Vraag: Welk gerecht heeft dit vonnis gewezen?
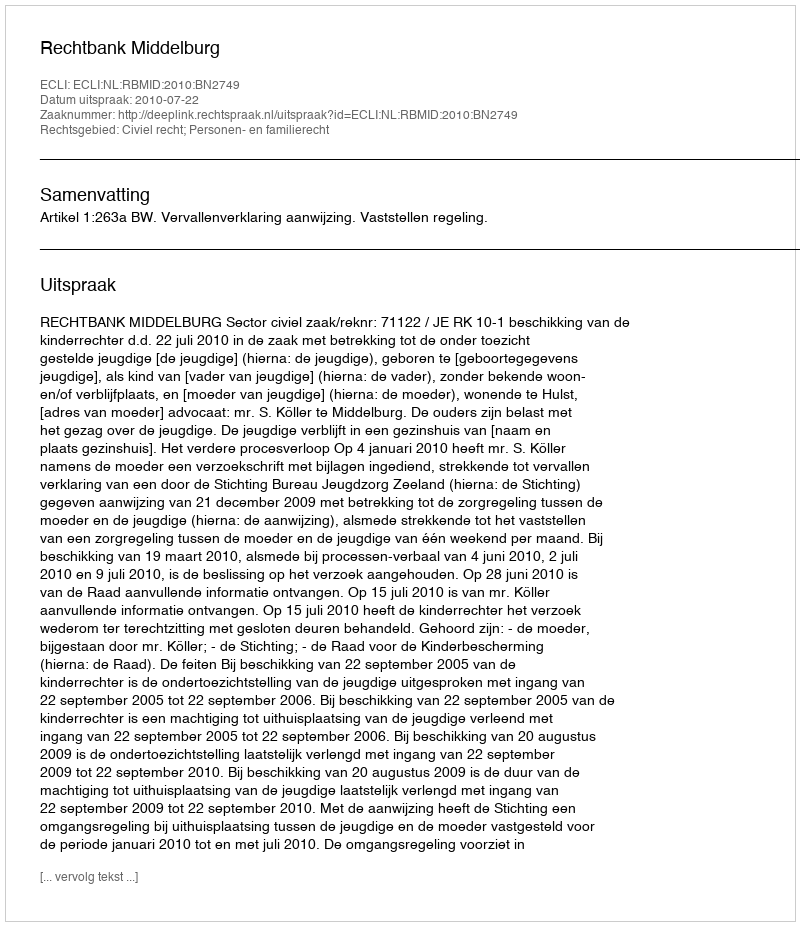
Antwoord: Rechtbank Middelburg